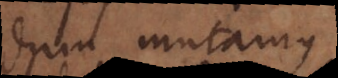
dum mutamus